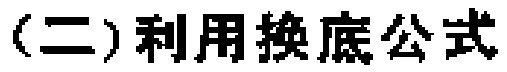
（二）利用换底公式